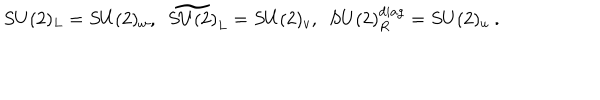
LaTeX: S U ( 2 ) _ { L } = S U ( 2 ) _ { w } , ~ ~ \widetilde { S U ( 2 ) } _ { L } = S U ( 2 ) _ { v } , ~ ~ S U ( 2 ) _ { R } ^ { d i a g } = S U ( 2 ) _ { u } \ .